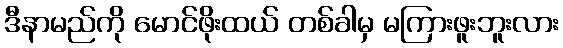
ဒီနာမည်ကို မောင်ဖိုးထယ် တစ်ခါမှ မကြားဖူးဘူးလား